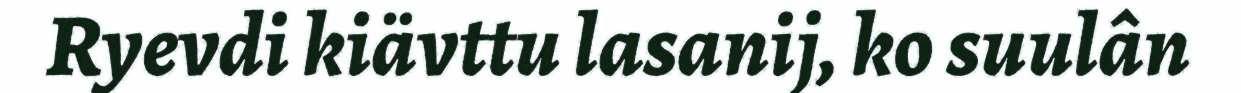
Ryevdi kiävttu lasanij, ko suulân